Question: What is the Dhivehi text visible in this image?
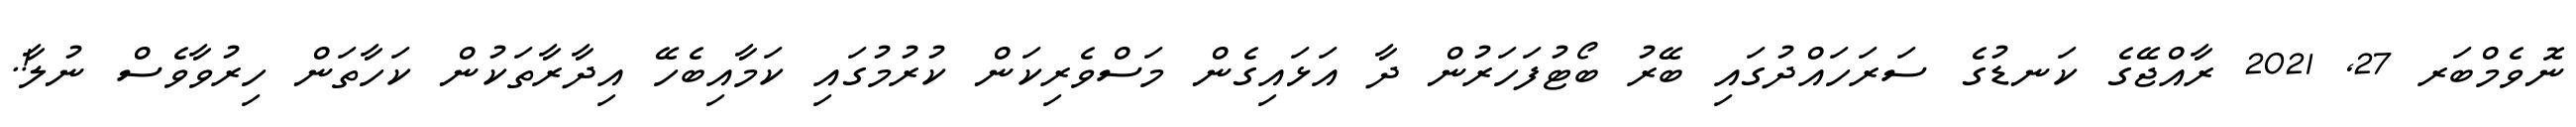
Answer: ނޮވެމްބަރ 27, 2021 ރާއްޖޭގެ ކަނޑުގެ ސަރަހައްދުގައި ބޭރު ބޯޓުފަހަރުން ދާ އަޅައިގެން މަސްވެރިކަން ކުރުމުގައި ކަމާއިބެހޭ އިދާރާތަކުން ކަހާތަން ހިރުވާވެސް ނުލާ!.